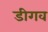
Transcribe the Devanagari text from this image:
डीगव